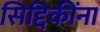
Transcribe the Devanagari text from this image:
सिद्दिकींना